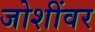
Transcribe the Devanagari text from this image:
जोशींवर